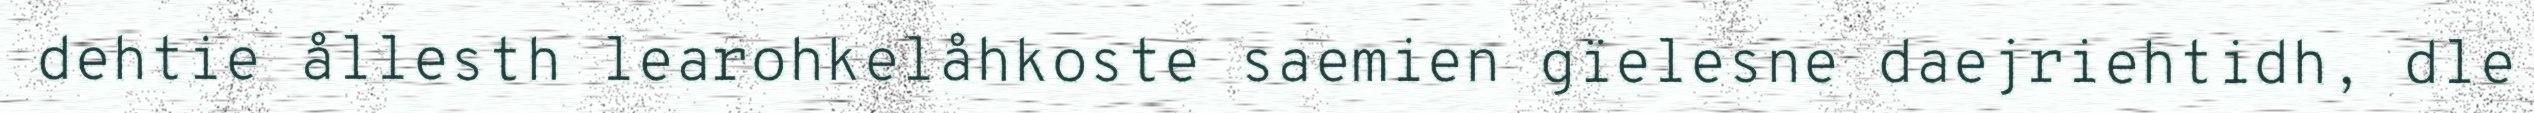
dehtie ållesth learohkelåhkoste saemien gïelesne daejriehtidh, dle